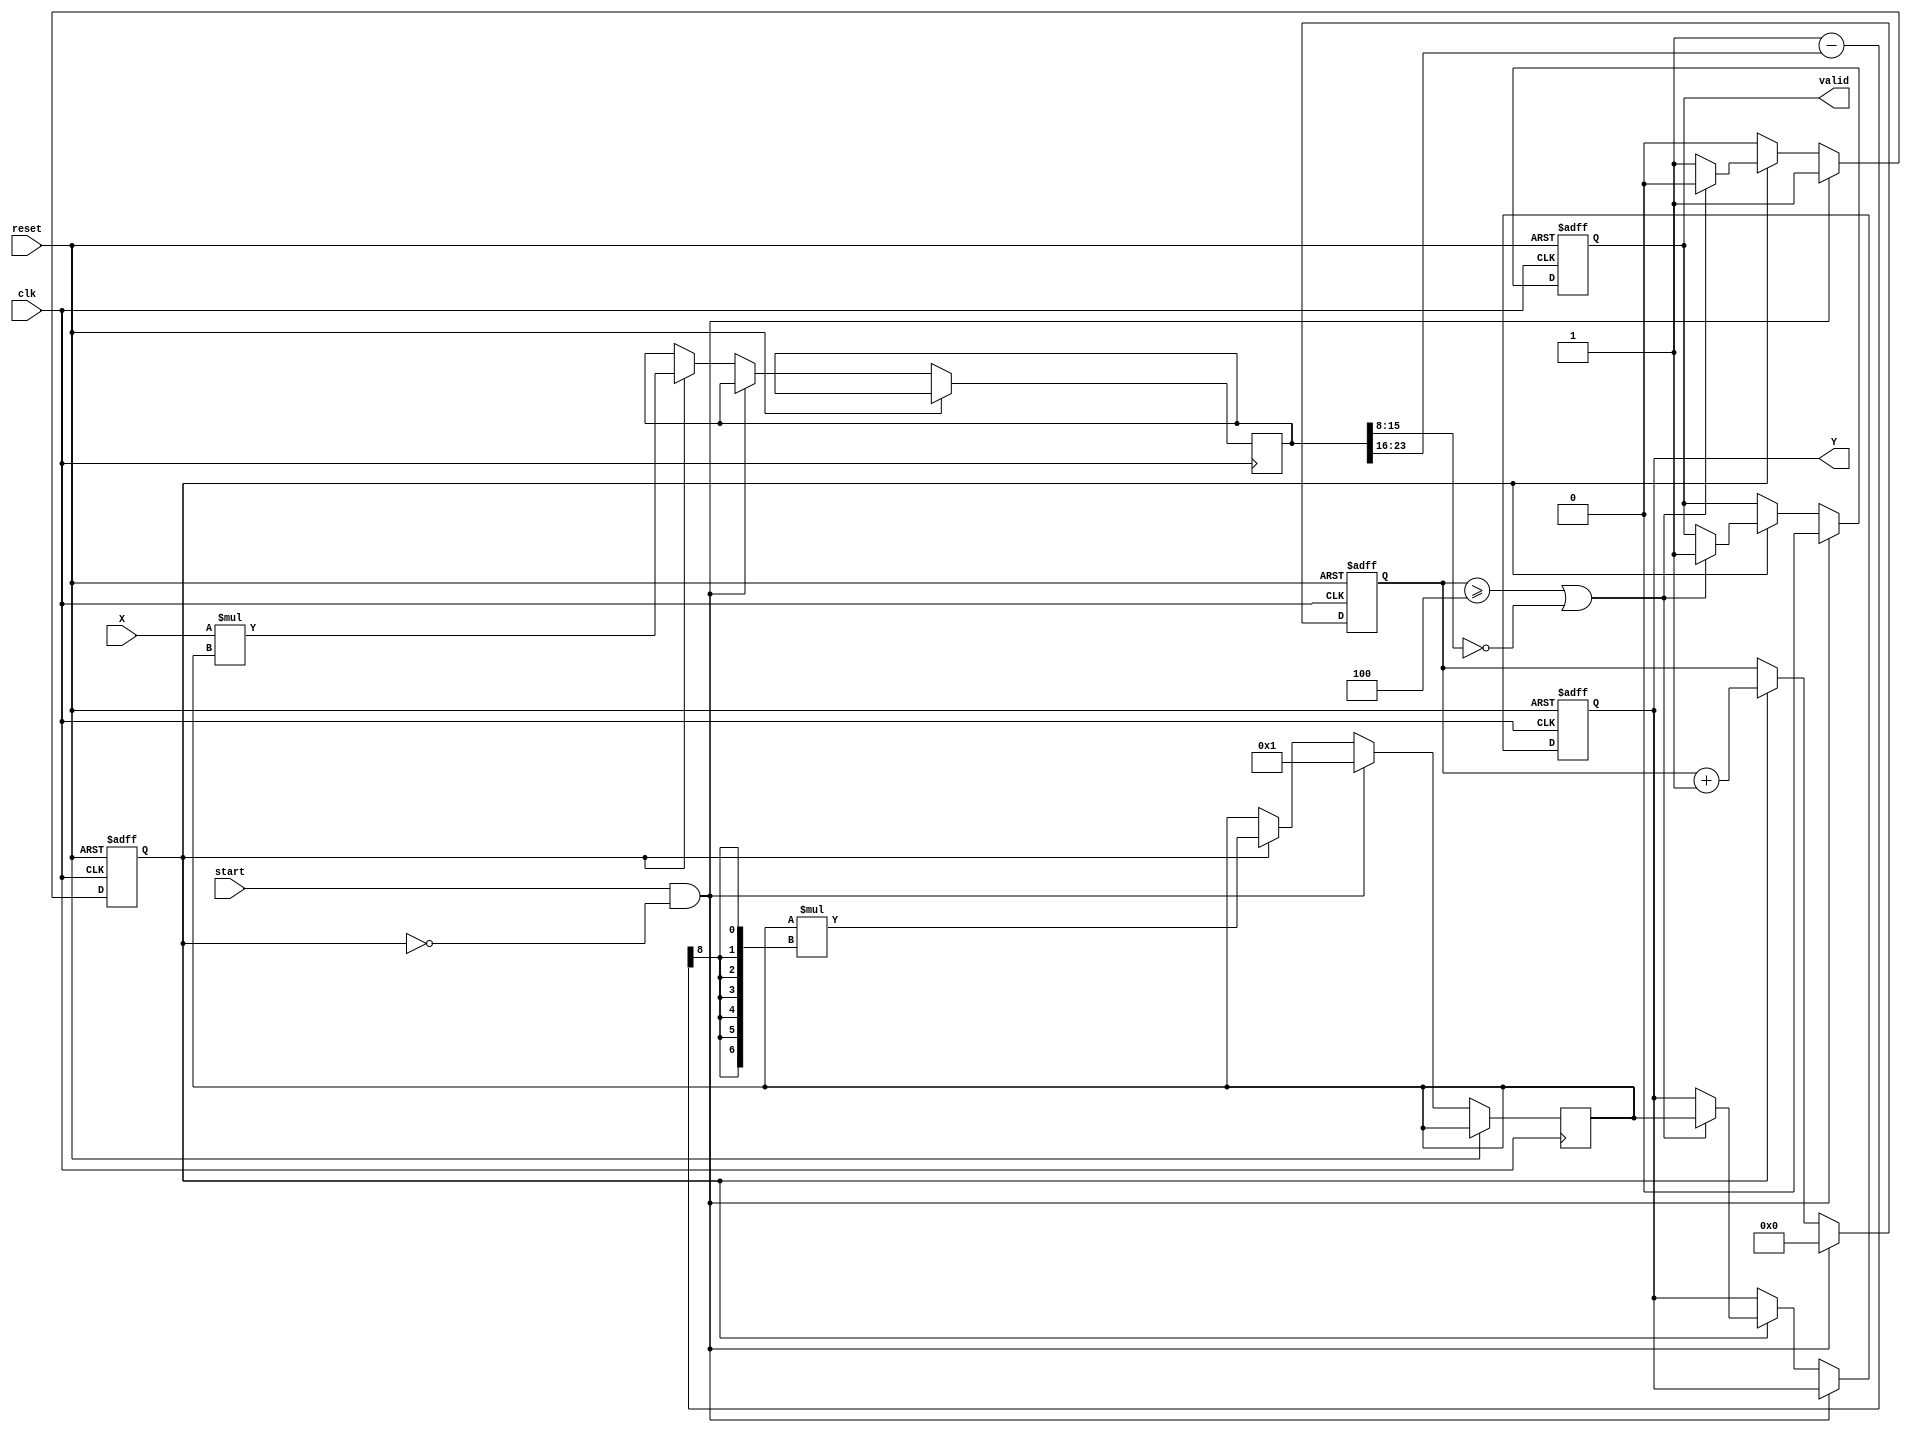
module FixedPointReciprocal #(
    parameter M = 8,  // Number of bits for integer part
    parameter N = 8   // Number of bits for fractional part
) (
    input wire clk,
    input wire reset,
    input wire start,
    input wire [M+N-1:0] X,  // Input fixed-point number
    output reg [M+N-1:0] Y,   // Output fixed-point reciprocal
    output reg valid           // Output valid signal
);

    // Internal parameters
    localparam MAX_ITER = 4;  // Maximum number of iterations for Newton-Raphson
    localparam [M+N-1:0] ONE = {1'b0, {N{1'b0}}, 1'b1}; // 1 in Qm.n format

    // Internal states
    reg [M+N-1:0] approx;      // Current approximation
    reg [2*M+N-1:0] product;   // Product of X and approx
    reg [3:0] iter_count;       // Iteration counter
    reg computing;              // Computing flag

    // State Machine
    always @(posedge clk or posedge reset) begin
        if (reset) begin
            Y <= 0;
            valid <= 0;
            iter_count <= 0;
            computing <= 0;
        end else begin
            if (start && !computing) begin
                // Initiate computation
                approx <= ONE;  // Initial guess (1)
                iter_count <= 0;
                computing <= 1;
                valid <= 0;
            end else if (computing) begin
                // Newton-Raphson iteration
                product <= X * approx; // Compute X * approx
                approx <= approx * (ONE - product[2*M+N-1:M+N] >> (N+1)); // Update approx

                // Increment iteration count
                iter_count <= iter_count + 1;

                // Check for convergence or maximum iterations
                if (iter_count >= MAX_ITER || product[M+N-1:M] == 0) begin
                    Y <= approx;
                    valid <= 1;  // Output is valid
                    computing <= 0; // End computation
                end
            end
        end
    end

endmodule